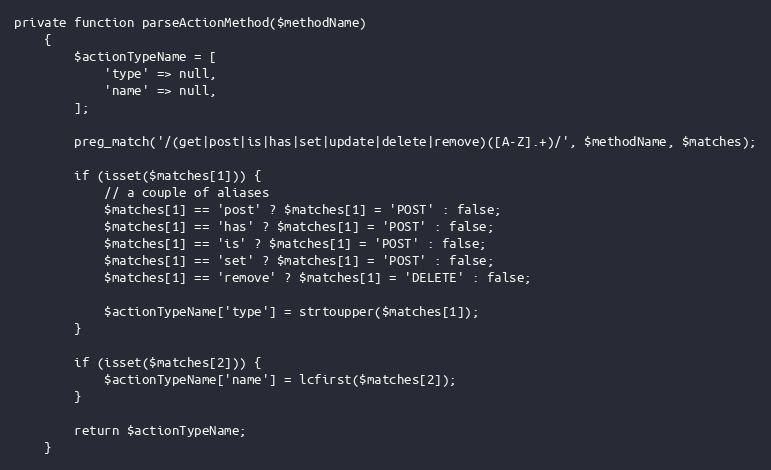
Language: PHP
private function parseActionMethod($methodName)
    {
        $actionTypeName = [
            'type' => null,
            'name' => null,
        ];

        preg_match('/(get|post|is|has|set|update|delete|remove)([A-Z].+)/', $methodName, $matches);

        if (isset($matches[1])) {
            // a couple of aliases
            $matches[1] == 'post' ? $matches[1] = 'POST' : false;
            $matches[1] == 'has' ? $matches[1] = 'POST' : false;
            $matches[1] == 'is' ? $matches[1] = 'POST' : false;
            $matches[1] == 'set' ? $matches[1] = 'POST' : false;
            $matches[1] == 'remove' ? $matches[1] = 'DELETE' : false;

            $actionTypeName['type'] = strtoupper($matches[1]);
        }

        if (isset($matches[2])) {
            $actionTypeName['name'] = lcfirst($matches[2]);
        }

        return $actionTypeName;
    }